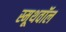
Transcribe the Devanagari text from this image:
स्मूथवॉल